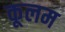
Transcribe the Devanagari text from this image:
कूलम